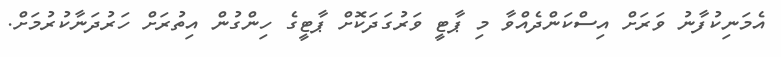
އެމަނިކުފާނު ވަރަށް އިސްކަންދެއްވާ މި ޕާޓީ ވަރުގަދަކޮށް ޕާޓީގެ ހިންގުން އިތުރަށް ހަރުދަނާކުރުމަށް.